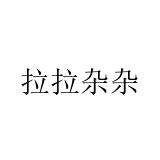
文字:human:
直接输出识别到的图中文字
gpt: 拉拉杂杂